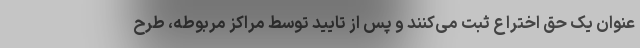
عنوان یک حق اختراع ثبت می‌کنند و پس از تایید توسط مراکز مربوطه، طرح